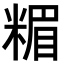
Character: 𥻡